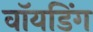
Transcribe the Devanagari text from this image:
वॉयडिंग